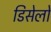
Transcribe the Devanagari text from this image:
डिसेलो